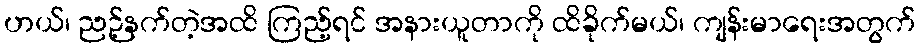
ဟယ်၊ ညဉ့်နက်တဲ့အထိ ကြည့်ရင် အနားယူတာကို ထိခိုက်မယ်၊ ကျန်းမာရေးအတွက်